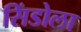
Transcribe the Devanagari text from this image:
सिंडोला